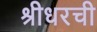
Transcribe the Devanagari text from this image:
श्रीधरची